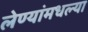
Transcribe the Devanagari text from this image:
लेण्यांमधल्या